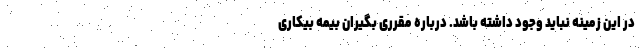
در این زمینه نباید وجود داشته باشد. درباره مقرری بگیران بیمه بیکاری